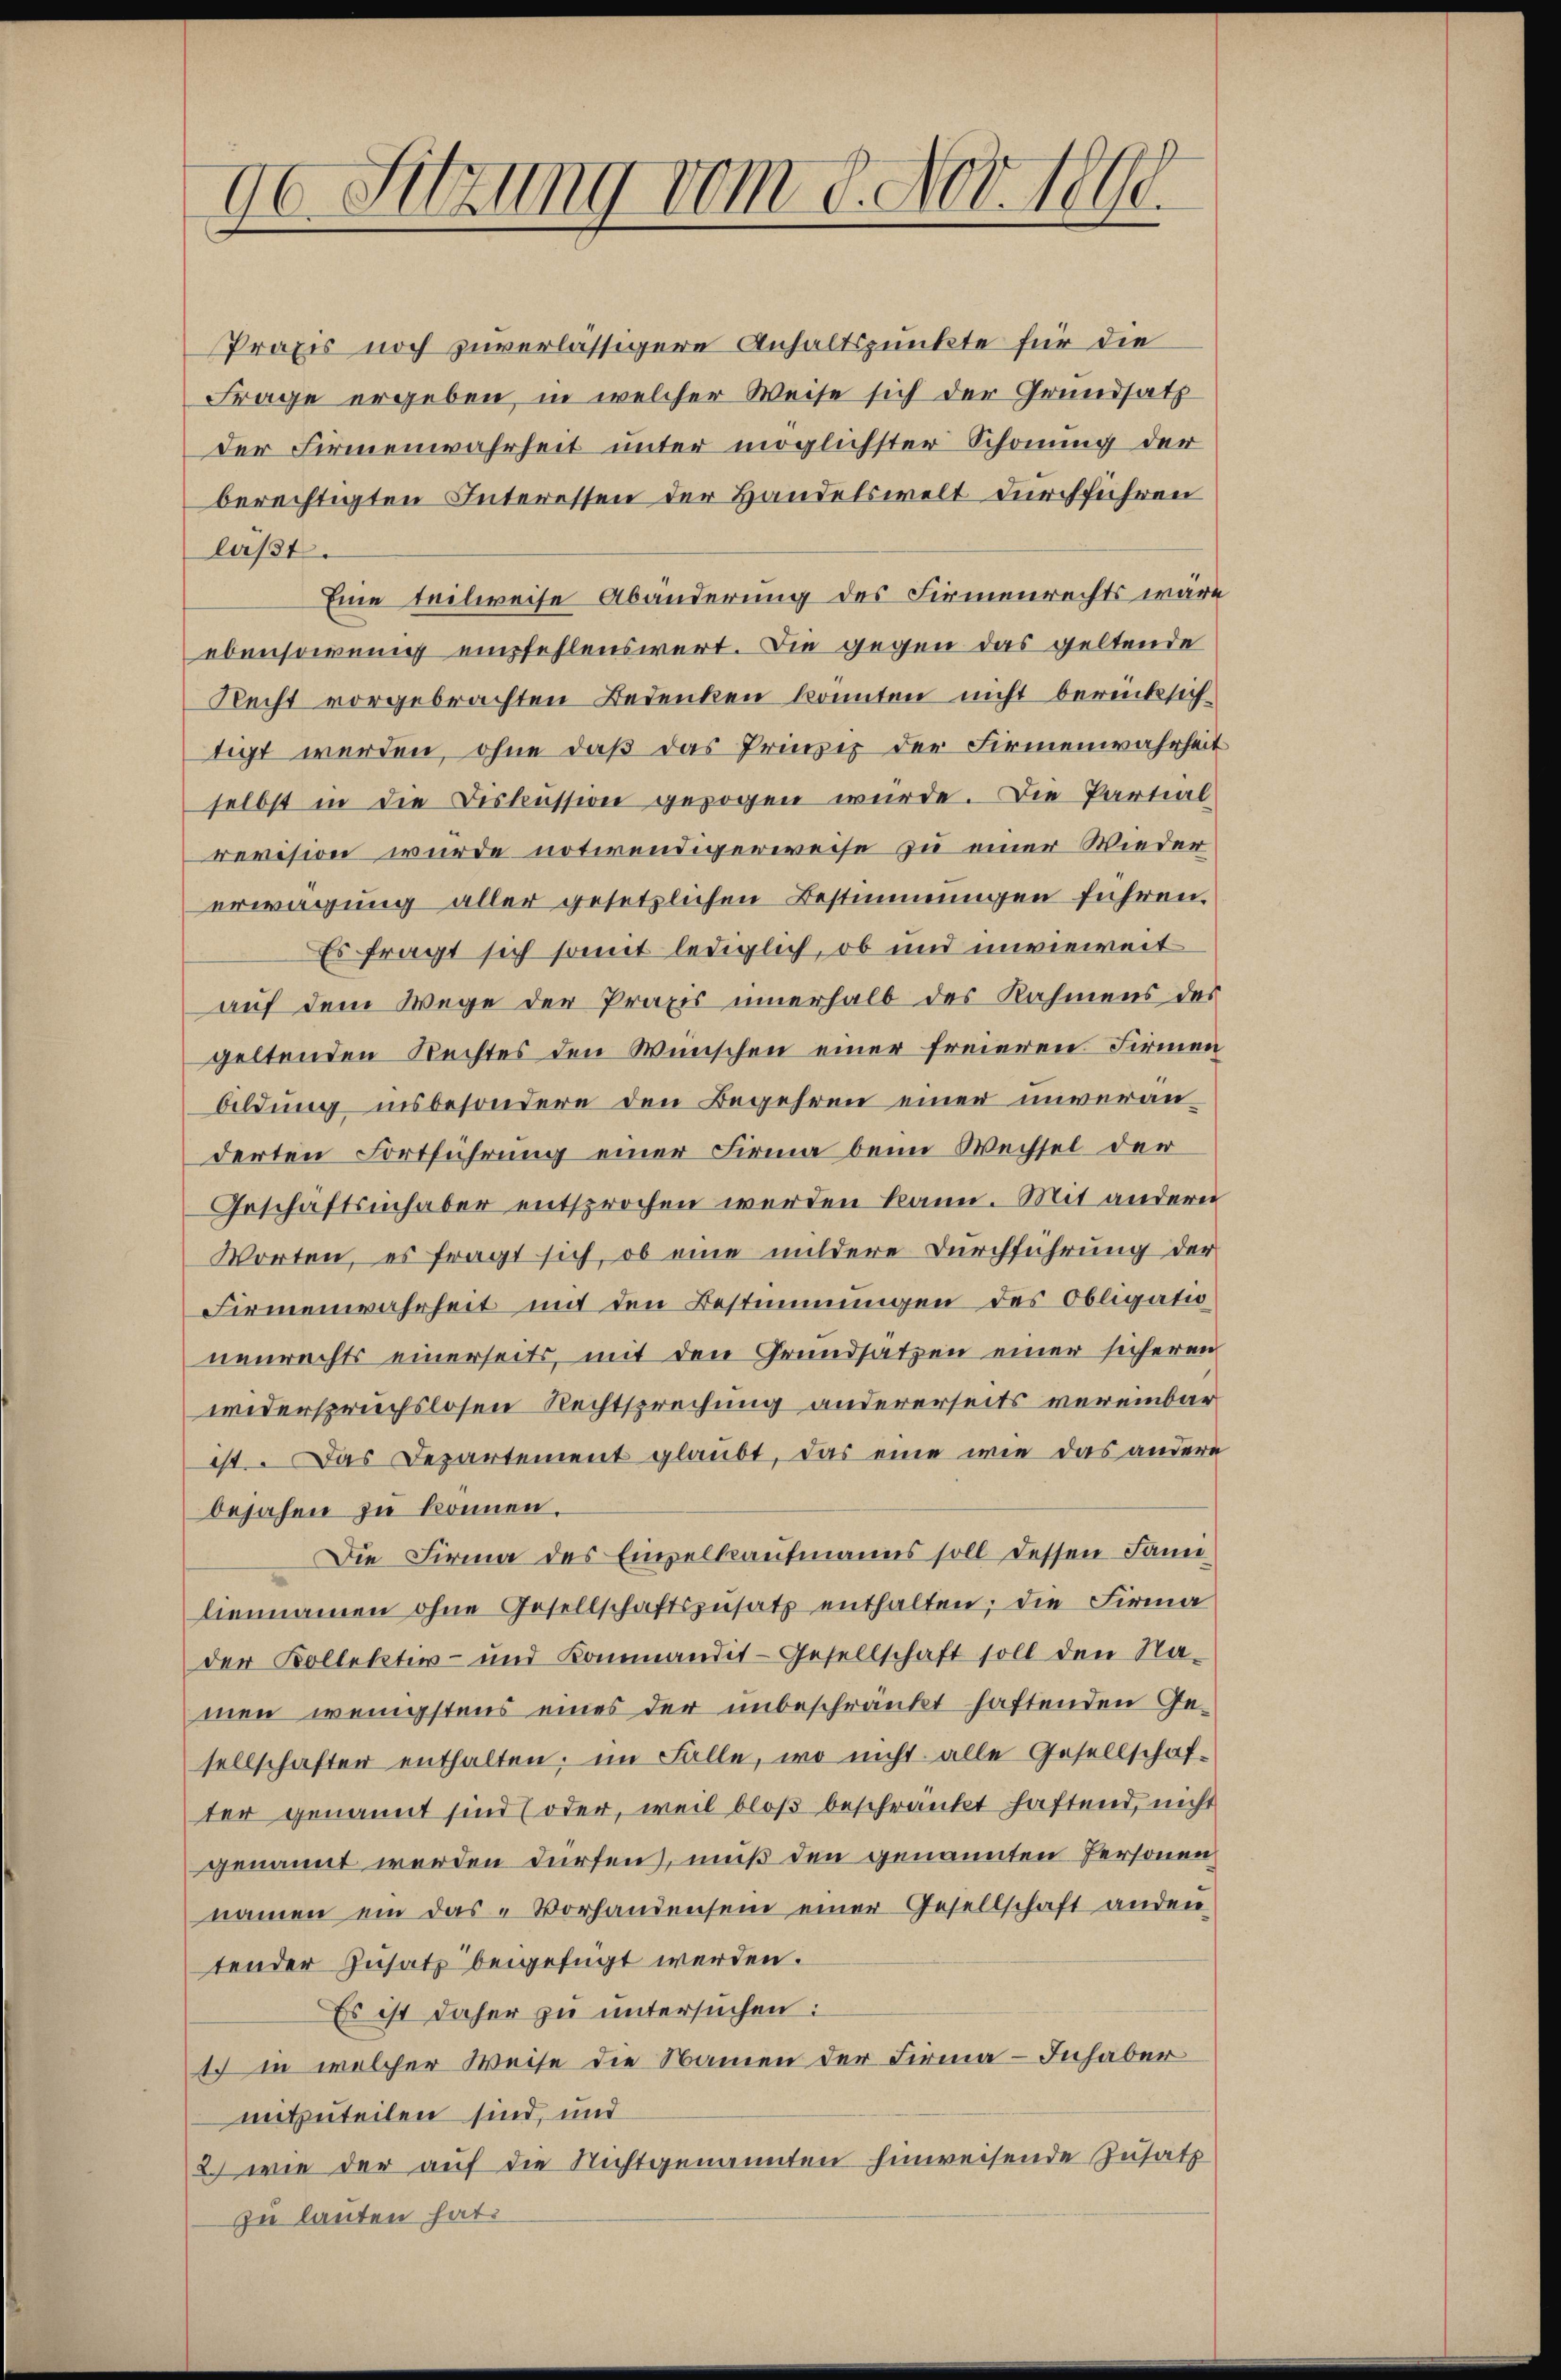
90 Sitzung vom 8. Nov. 1890.

Praxis noch zuverlässigere Anhaltspunkte für die
Frage ergeben, in welcher Weise sich der Grundsatz
der Firmenwahrheit unter möglichster Schonung der
berechtigten Interessen der Handelswelt durchführen
läßt.
Eine teilweise Abänderung des Firmenrechts wäre
ebensowenig empfehlenswert. Die gegen das geltende
Recht vorgebrachten Bedenken konnten nicht berücksich
tigt werden, ohne daß das Prinzip der Firmenwahrheit
selbst in die Diskussion gezogen würde. Die Partial-
revision wurde notirendigerweise zu einer Wieder
erwägung aller gesetzlichen Bestimmungen führen.
Es fragt sich somit lediglich, ob und unwieweit
auf dem Wege der Praxis innerhalb des Nahmens des
geltenden Rechtes den Wünschen einer freieren Firmen
bildung insbesondere den Begehren einer unveranderten Fortführung einer Firma beim Wechsel der
Geschäftsinhaber entsprochen werden kann. Mit andern
Worten, es fragt sich, ob eine mildere Durchführung der
Firmenwahrheit mit den Bestimmungen des Obligatio
nenrechts einerseits, mit den Grundsatzen einer sicheren
widerspruchslosen Rechtsprechung andererseits vereinbar
ist. Das Departement glaubt, das eine wie das andere
bejahen zu können.
Die Firma des Empelkaufmanns soll dessen dann
liennamen ohne Gesellschaftszŭsatz enthalten; die Firma
der Kollektiv- und Kommandit-Gesellschaft soll den Na-
men wenigstens eines der unbeschränkt haftenden Gesellschaften enthalten, im Falle, wo nicht alle Gesellschaf-
ter genannt sind (oder, weil bloß beschränkt haftend, nicht
genannt werden dürfen, muß den genannten Personen
namen ein das Vorhandensein einer Gesellschaft anden
tender Zusatz beigefügt werden.
Es ist daher zu untersuchen:
1ch in welcher Weise die Namen der Firma - Inhaber
mitzuteilen sind, und
2. wie der auf die Nichtgenannten hinweisende Zusatz
zu lauten hat.